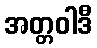
အတ္တဝါဒီ